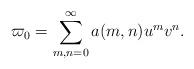
LaTeX: \begin{align*}\varpi_{0} = \sum_{m,n=0}^{\infty} a(m,n) u^mv^n.\end{align*}